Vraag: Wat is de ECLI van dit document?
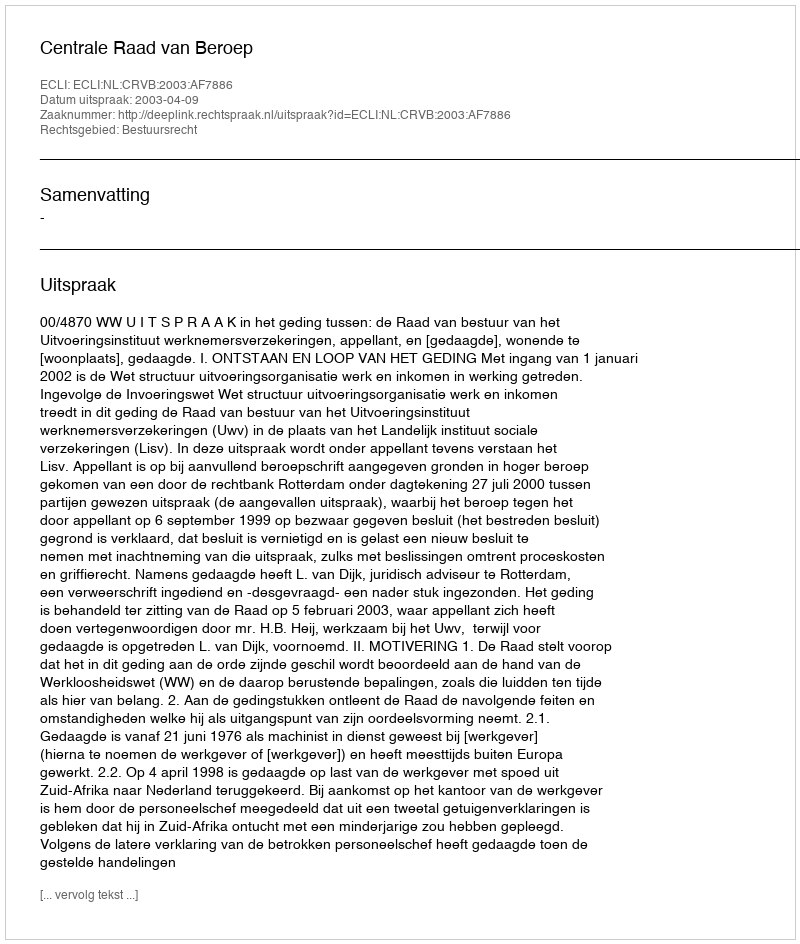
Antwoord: ECLI:NL:CRVB:2003:AF7886